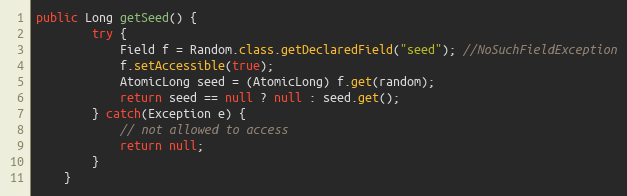
Language: Java
public Long getSeed() {
		try {
			Field f = Random.class.getDeclaredField("seed"); //NoSuchFieldException
			f.setAccessible(true);
			AtomicLong seed = (AtomicLong) f.get(random);
			return seed == null ? null : seed.get();
		} catch(Exception e) {
			// not allowed to access
			return null;
		}
	}